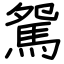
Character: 駌